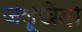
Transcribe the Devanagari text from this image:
जलूखेड़ा